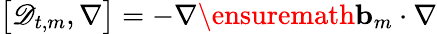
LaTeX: \bigl[\mathscr{D}_{t,m},\nabla\bigr]=-\nabla\ensuremath{\mathbf{b}}_{m}\cdot\nabla